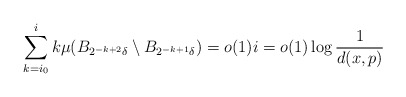
\begin{align*}\sum_{k=i_0}^{i} k \mu(B_{2^{-k+2}\delta} \setminus B_{2^{-k +1}\delta}) = o(1) i =o(1) \log\frac 1{d(x, p)}\end{align*}